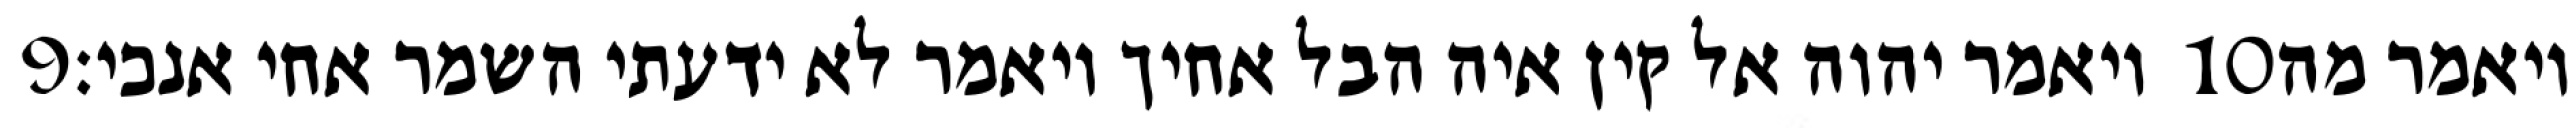
‎9‏ ויאמר יהוה אל קין איה הבל אחיך ויאמר לא ידעתי השמר אחי אנכי׃ ‎10‏ ויאמר מה